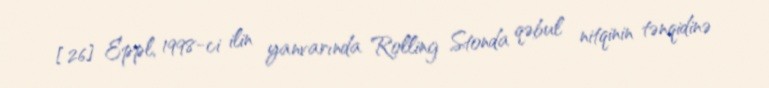
[26] Eppl, 1998-ci ilin yanvarında Rolling Stonda qəbul nitqinin tənqidinə